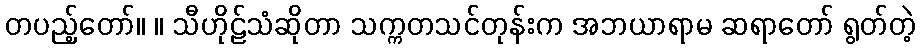
တပည့်တော်။ ။ သီဟိုဠ်သံဆိုတာ သက္ကတသင်တုန်းက အဘယာရာမ ဆရာတော် ရွတ်တဲ့